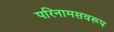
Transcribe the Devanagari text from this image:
परिनामसवरूप